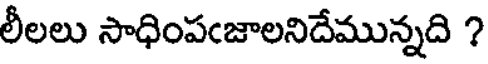
లీలలు సాధింపఁజాలనిదేమున్నది ?